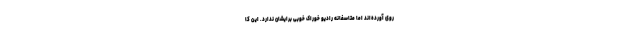
روی آورده‌اند اما متاسفانه رادیو خوراک خوبی برایشان ندارد. این کا